Scottish Leaving Certificate Examination, 1954
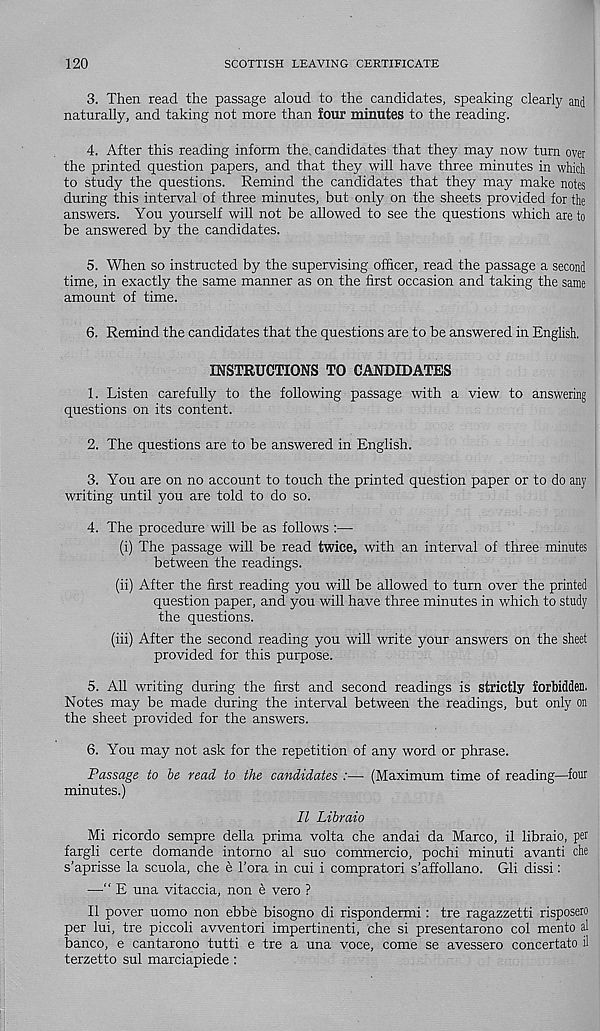
120
SCOTTISH LEAVING CERTIFICATE
3. Then read the passage aloud to the candidates, speaking clearly and
naturally, and taking not more than four minutes to the reading.
4. After this reading inform the, candidates that they may now turn over
the printed question papers, and that they will have three minutes in which
to study the questions. Remind the candidates that they may make notes
during this interval of three minutes, but only on the sheets provided for the
answers. You yourself will not be allowed to see the questions which are to
be answered by the candidates.
5. When so instructed by the supervising officer, read the passage a second
time, in exactly the same manner as on the first occasion and taking the same
amount of time.
6. Remind the candidates that the questions are to be answered in English.
INSTRUCTIONS TO CANDIDATES
1. Listen carefully to the following passage with a view to answering
questions on its content.
2. The questions are to be answered in English.
3. You are on no account to touch the printed question paper or to do any
writing until you are told to do so.
4. The procedure will be as follows :—
(i) The passage will be read twice, with an interval of three minutes
between the readings.
(ii) After the first reading you will be allowed to turn over the printed
question paper, and you will have three minutes in which to study
the questions.
(iii) After the second reading you will write your answers on the sheet
provided for this purpose.
5. All writing during the first and second readings is strictly forbidden.
Notes may be made during the interval between the readings, but only on
the sheet provided for the answers.
6. You may not ask for the repetition of any word or phrase.
Passage to be read to the candidates :— (Maximum time of reading—four
minutes.)
II Libraio
Mi ricordo sempre della prima volta che andai da Marco, il libraio, per
fargli certe domande intomo al suo commercio, pochi minuti avanti che
s’aprisse la scuola, che e 1’ora in cui i compratori s’affollano. Gli dissi:
—“ E una vitaccia, non e vero ?
II pover uomo non ebbe bisogno di rispondermi: tre ragazzetti risposero
per lui, tre piccoli avventori impertinenti, che si presentarono col mento al
banco, e cantarono tutti e tre a una voce, come se avessero concertato il
terzetto sul marciapiede :